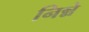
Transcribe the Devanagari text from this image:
निन्ने